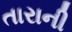
તારાની